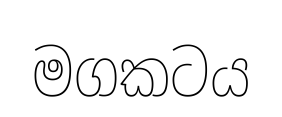
මගකටය